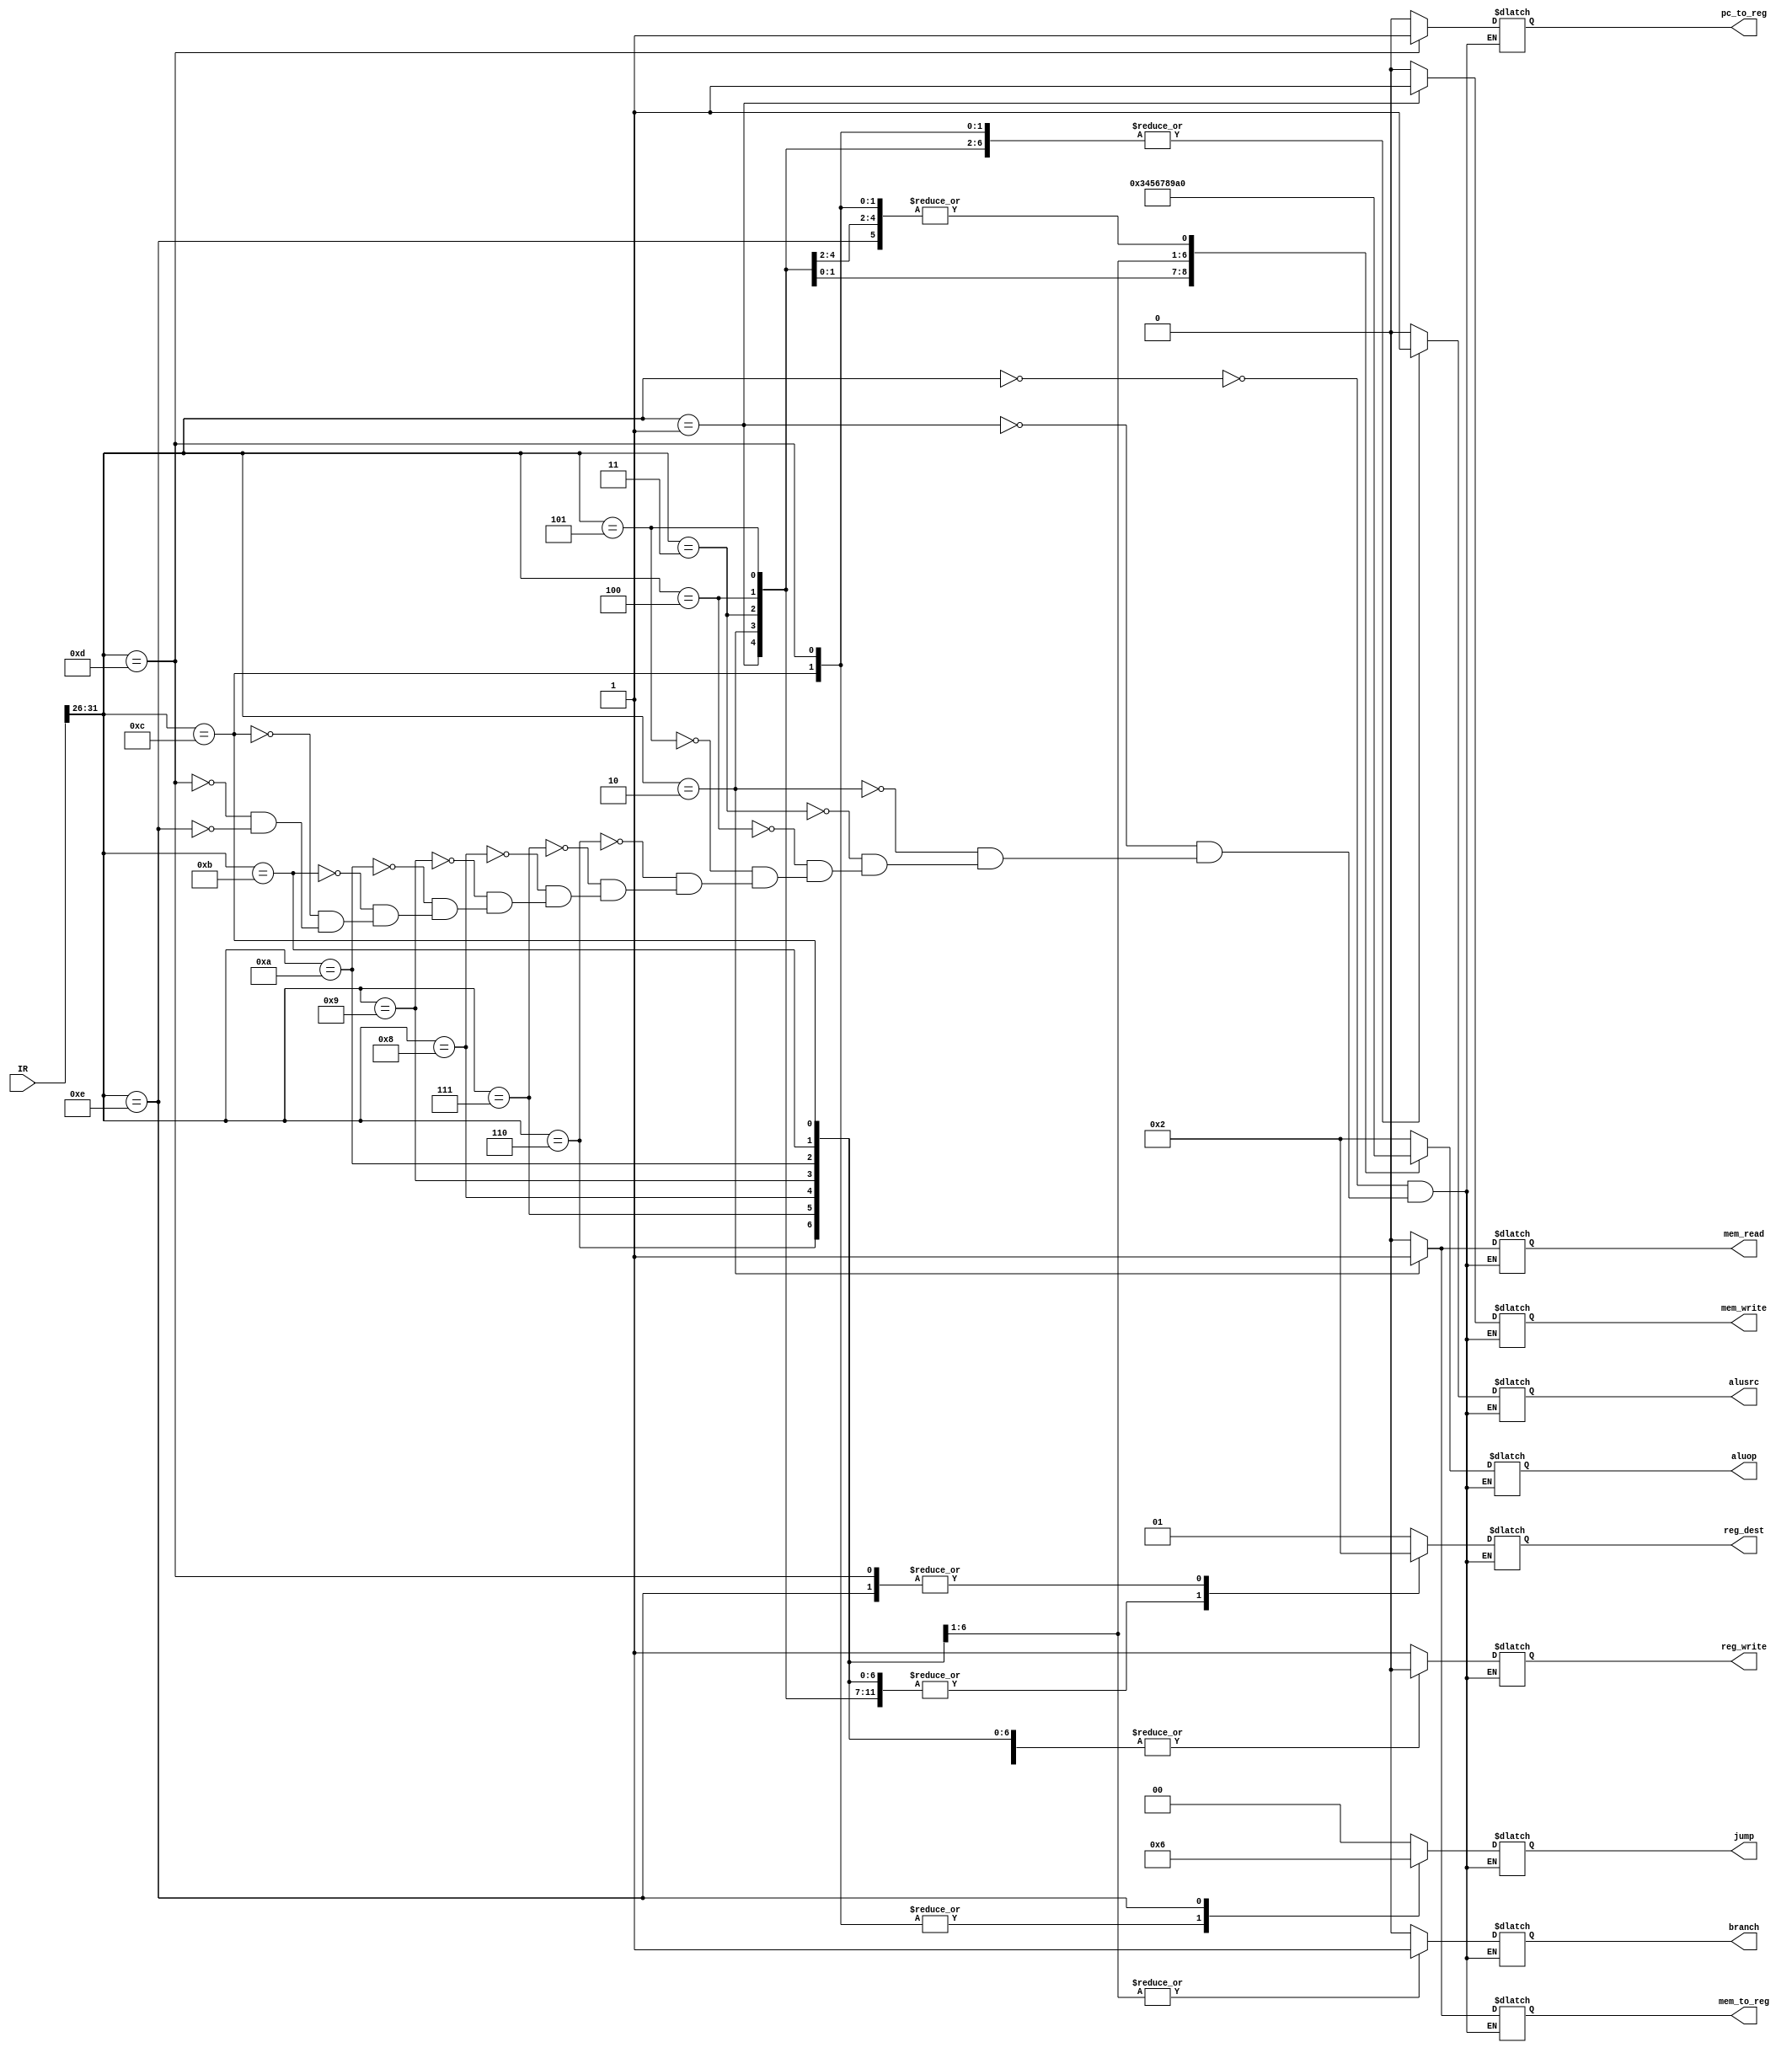
module control_unit (IR, reg_dest, branch, jump, mem_read, mem_to_reg,pc_to_reg, aluop, mem_write, alusrc, reg_write);
	input [31:0] IR;
	output reg  branch, pc_to_reg, mem_read, mem_to_reg, mem_write, alusrc, reg_write;
	output reg [1:0] jump;
	output reg [3:0] aluop;
	output reg [1:0] reg_dest;
	wire [5:0] opcode;
	assign opcode = IR[31:26];
	
	
	/*
	r-type   0
	sw 		1
	lw 		2
	addi		3
	andi		4
	ori		5
	beq 		6
	bne		7
	bge		8
	bgt		9
	ble		10
	blt		11
	jump		12
	jal 		13
	jr			14
	*/
	always @(*)
		begin 
			case(opcode)
				6'h0:	// r- type
				begin
					reg_dest <= 2'b01;
					branch <= 0;
					jump <= 2'b00;
					mem_read <= 0;
					mem_to_reg <= 0;	
					mem_write <= 0;
					alusrc <= 0;
					reg_write <= 1;
					pc_to_reg <= 0;
					aluop <= 4'b0010;
				end
				6'h1:	// sw
				begin
					reg_dest <= 2'b00;
					branch <= 0;
					jump <= 2'b00;
					mem_read <= 0;
					mem_to_reg <= 0;	
					mem_write <= 1;
					alusrc <= 1;
					reg_write <= 0;
					pc_to_reg <= 0;
					aluop <= 4'b0000;
					end
				6'h2:	//lw
				begin
					reg_dest <= 2'b00;
					branch <= 0;
					jump <= 2'b00;
					mem_read <= 1;
					mem_to_reg <= 1;	
					mem_write <= 0;
					alusrc <= 1;
					reg_write <= 1;
					pc_to_reg <= 0;
					aluop <= 4'b0000;
					end
				6'h3:	//addi
				begin
					reg_dest <= 2'b00;
					branch <= 0;
					jump <= 2'b00;
					mem_read <= 0;
					mem_to_reg <= 0;	
					mem_write <= 0;
					alusrc <= 1;
					reg_write <= 1;
					pc_to_reg <= 0;
					aluop <= 4'b0000;
					end
				6'h4:	//andi
				begin
					reg_dest <= 2'b00;
					branch <= 0;
					jump <= 2'b00;
					mem_read <= 0;
					mem_to_reg <= 0;	
					mem_write <= 0;
					alusrc <= 1;
					reg_write <= 1;
					pc_to_reg <= 0;
					aluop <= 4'b0011;
				end
				6'h5:	//ori
				begin
					reg_dest <= 2'b00;
					branch <= 0;
					jump <= 2'b00;
					mem_read <= 0;
					mem_to_reg <= 0;	
					mem_write <= 0;
					alusrc <= 1;
					reg_write <= 1;
					pc_to_reg <= 0;
					aluop <= 4'b0100;
				end
				6'h6:	//beq
				begin
					reg_dest <= 2'b00;
					branch <= 1;
					jump <= 2'b00;
					mem_read <= 0;
					mem_to_reg <= 0;	
					mem_write <= 0;
					alusrc <= 0;
					reg_write <= 0;
					pc_to_reg <= 0;
					aluop <= 4'b0101;
				end
				6'h7:	//bne
				begin
					reg_dest <= 2'b00;
					branch <= 1;
					jump <= 2'b00;
					mem_read <= 0;
					mem_to_reg <= 0;	
					mem_write <= 0;
					alusrc <= 0;
					reg_write <= 0;
					pc_to_reg <= 0;
					aluop <= 4'b0110;
				end
				6'h8:	//bge
				begin
					reg_dest <= 2'b00;
					branch <= 1;
					jump <= 2'b00;
					mem_read <= 0;
					mem_to_reg <= 0;	
					mem_write <= 0;
					alusrc <= 0;
					reg_write <= 0;
					pc_to_reg <= 0;
					aluop <= 4'b0111;
				end
				6'h9:	//bgt
				begin
					reg_dest <= 2'b00;
					branch <= 1;
					jump <= 2'b00;
					mem_read <= 0;
					mem_to_reg <= 0;	
					mem_write <= 0;
					alusrc <= 0;
					reg_write <= 0;
					pc_to_reg <= 0;
					aluop <= 4'b1000;
				end
				6'hA:	//ble
				begin
					reg_dest <= 2'b00;
					branch <= 1;
					jump <= 2'b00;
					mem_read <= 0;
					mem_to_reg <= 0;	
					mem_write <= 0;
					alusrc <= 0;
					reg_write <= 0;
					pc_to_reg <= 0;
					aluop <= 4'b1001;
				end
				6'hB:	//blt
				begin
					reg_dest <= 2'b00;
					branch <= 1;
					jump <= 2'b00;
					mem_read <= 0;
					mem_to_reg <= 0;	
					mem_write <= 0;
					alusrc <= 0;
					reg_write <= 0;
					pc_to_reg <= 0;
					aluop <= 4'b1010;
				end
				6'hC:	//jump
				begin
					reg_dest <= 2'b00;
					branch <= 0;
					jump <= 2'b01;
					mem_read <= 0;
					mem_to_reg <= 0;	
					mem_write <= 0;
					alusrc <= 1;
					reg_write <= 0;
					pc_to_reg <= 0;
					aluop <= 4'b0000;
				end
				6'hD:	//jal
				begin
					reg_dest <= 2'b10;
					branch <= 0;
					jump <= 2'b01;
					mem_read <= 0;
					mem_to_reg <= 0;	
					mem_write <= 0;
					alusrc <= 1;
					reg_write <= 1;
					pc_to_reg <= 1;
					aluop <= 4'b0000;
				end
				6'hE:	//jr
				begin
					reg_dest <= 2'b10;
					branch <= 0;
					jump <= 2'b10;
					mem_read <= 0;
					mem_to_reg <= 0;	
					mem_write <= 0;
					alusrc <= 1;
					reg_write <= 0;
					pc_to_reg <= 0;
					aluop <= 4'b0000;
				end
			 
			
				
			endcase
		end
endmodule